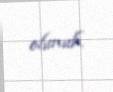
olunub.